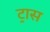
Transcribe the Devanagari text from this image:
ट्रास